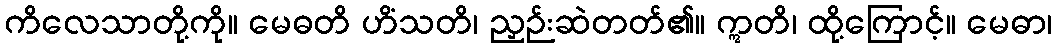
ကိလေသာတို့ကို။ မေဓတိ ဟိံသတိ၊ ညှဉ်းဆဲတတ်၏။ ဣတိ၊ ထို့ကြောင့်။ မေဓာ၊